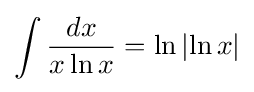
\int {\frac {dx}{x\ln x}}=\ln \left|\ln x\right|